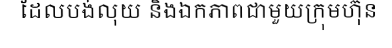
ដែលបង់លុយ និងឯកភាពជាមួយក្រុមហ៊ុន